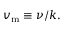
v _ { \mathrm { { m } } } \equiv \nu / k .